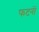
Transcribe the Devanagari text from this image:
फटनों